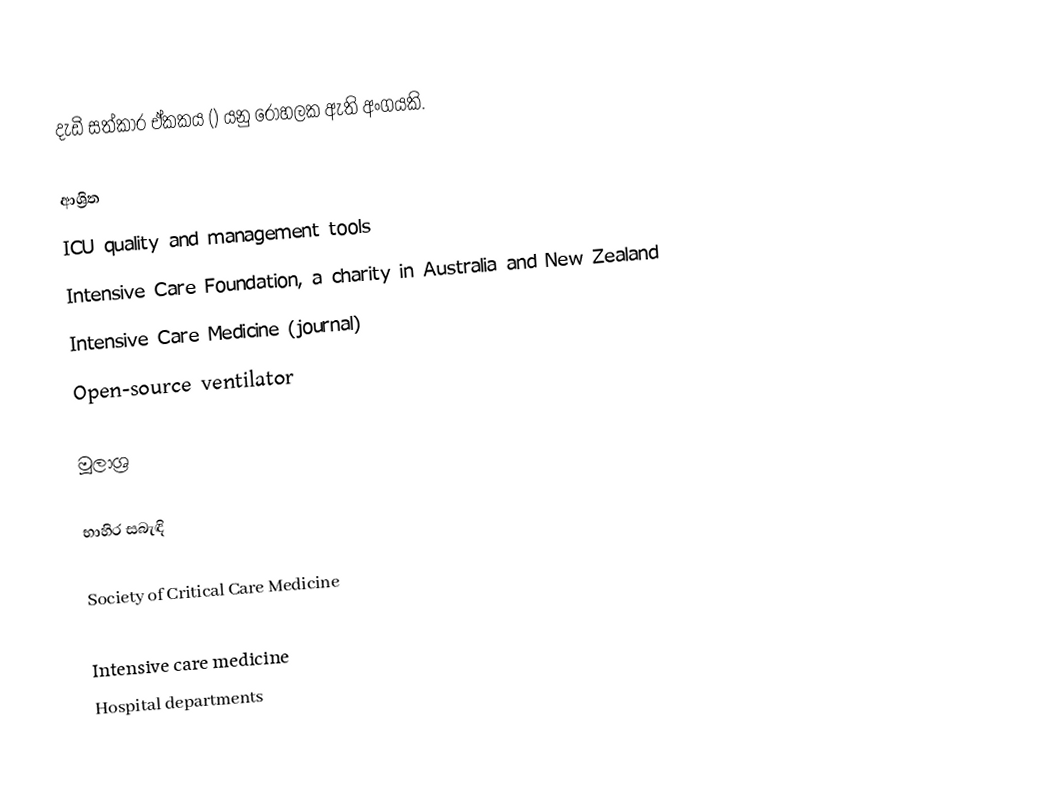
දැඩි සත්කාර ඒකකය () යනු රෝහලක ඇති අංගයකි.

ආශ්‍රිත
 ICU quality and management tools
 Intensive Care Foundation, a charity in Australia and New Zealand
 Intensive Care Medicine (journal)
 Open-source ventilator

මූලාශ්‍ර

භාහිර සබැඳි

 Society of Critical Care Medicine

Intensive care medicine
Hospital departments